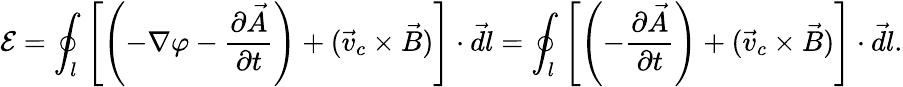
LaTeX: \mathcal E=\oint_{l}\left[\left(-\nabla\varphi-\frac{\partial\vec{A}}{\partial t}\right)+(\vec{v}_{c}\times\vec{B})\right]\cdot\vec{dl}=\oint_{l}\left[\left(-\frac{\partial\vec{A}}{\partial t}\right)+(\vec{v}_{c}\times\vec{B})\right]\cdot\vec{dl}.